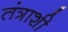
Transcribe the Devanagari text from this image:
तंत्राशी